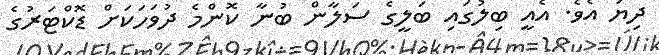
ދިޔަ އެވެ. އެއީ ބިލުގައި ބަލީގެ ސަލާން ބުނާ ކޮންމެ ދުވަހަކަށް ޑޮކްޓަރުގެ